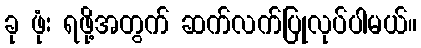
ခု ဖုံး ရဖို့အတွက် ဆက်လက်ပြုလုပ်ပါမယ်။